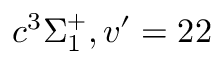
c ^ { 3 } \Sigma _ { 1 } ^ { + } , v ^ { \prime } = 2 2